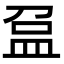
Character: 𥁏